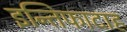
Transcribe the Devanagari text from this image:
इन्तिफादाह